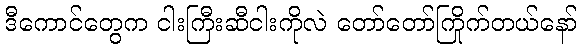
ဒီကောင်တွေက ငါးကြီးဆီငါးကိုလဲ တော်တော်ကြိုက်တယ်နော်